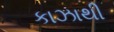
કાઝાથી